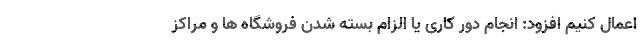
اعمال کنیم افزود: انجام دور کاری یا الزام بسته شدن فروشگاه ها و مراکز